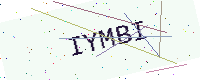
Text: IYMBI